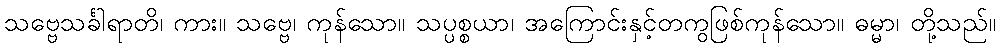
သဗ္ဗေသင်္ခါရာတိ၊ ကား။ သဗ္ဗေ၊ ကုန်သော။ သပ္ပစ္စယာ၊ အကြောင်းနှင့်တကွဖြစ်ကုန်သော။ ဓမ္မာ၊ တို့သည်။